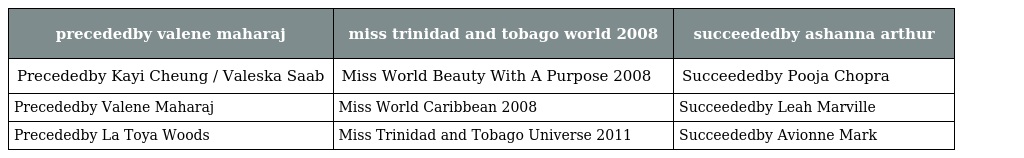
| precededby valene maharaj | miss trinidad and tobago world 2008 | succeededby ashanna arthur |
 | --- | --- | --- |
 | Precededby Kayi Cheung / Valeska Saab | Miss World Beauty With A Purpose 2008 | Succeededby Pooja Chopra |
 | Precededby Valene Maharaj | Miss World Caribbean 2008 | Succeededby Leah Marville |
 | Precededby La Toya Woods | Miss Trinidad and Tobago Universe 2011 | Succeededby Avionne Mark |